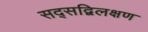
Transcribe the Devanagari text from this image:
सद्सद्विलक्षण